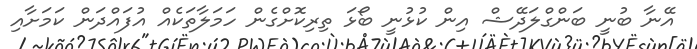
އޭނާ ބުނީ ބަންގްލަދޭޝް އިން ކުޅުނީ ބޯޅަ ތިރިކޮށްގެން ހަމަލާތަކެއް އުފައްދަން ކަމަށާއި